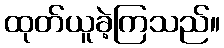
ထုတ်ယူခဲ့ကြသည်။